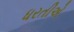
ધરતીએ